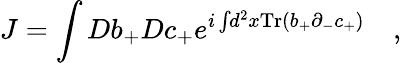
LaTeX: J=\int Db_{+}Dc_{+}e^{i\int\! d^{2}x\mathrm{Tr}(b_{+}\partial_{-}c_{+})}\quad,